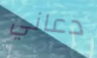
دعاني